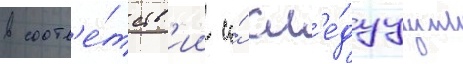
в соотв'е́тств'ии со́ сл'е́дуущим